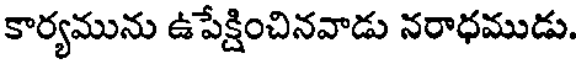
కార్యమును ఉపేక్షించినవాడు నరాధముడు.